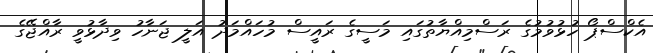
އެކްސްޕޯ ހުޅުވުމުގެ ރަސްމިއްޔާތުގައި މަސީގެ ރައީސް މުހައްމަދު އަލީ ޖަނާހު ވިދާޅުވީ ރާއްޖޭގެ